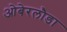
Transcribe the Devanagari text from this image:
ओबेरलौडा